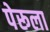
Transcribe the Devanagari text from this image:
पेरूला